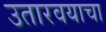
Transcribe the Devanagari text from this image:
उतारवयाचा